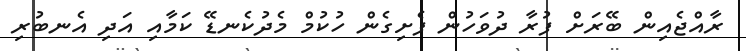
ރާއްޖެއިން ބޭރަށް ފުރާ ދުވަހުން ފެށިގެން ހުކުމް މެދުކެނޑޭ ކަމާއި އަދި އެނބުރި